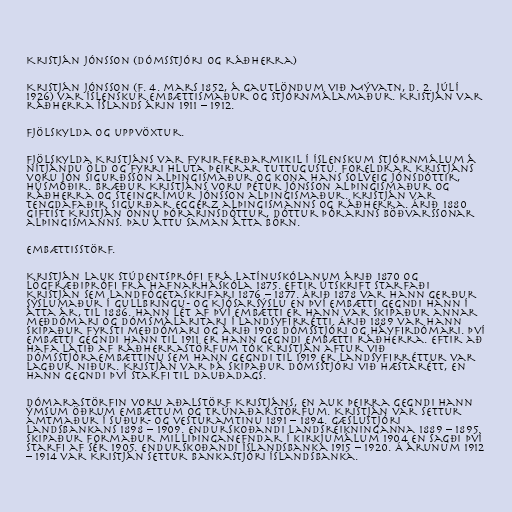
Kristján Jónsson (dómsstjóri og ráðherra)

Kristján Jónsson (f. 4. mars 1852, á Gautlöndum við Mývatn, d. 2. júlí
1926) var íslenskur embættismaður og stjórnmálamaður. Kristján var
ráðherra Íslands árin 1911 – 1912.

Fjölskylda og uppvöxtur.

Fjölskylda Kristjáns var fyrirferðarmikil í íslenskum stjórnmálum á
nítjándu öld og fyrri hluta þeirrar tuttugustu. Foreldrar Kristjáns
voru Jón Sigurðsson alþingismaður og kona hans Solveig Jónsdóttir,
húsmóðir. Bræður Kristjáns voru Pétur Jónsson alþingismaður og
ráðherra og Steingrímur Jónsson alþingismaður. Kristján var
tengdafaðir Sigurðar Eggerz alþingismanns og ráðherra. Árið 1880
giftist Kristján Önnu Þórarinsdóttur, dóttur Þórarins Böðvarssonar
alþingismanns. Þau áttu saman átta börn.

Embættisstörf.

Kristján lauk stúdentsprófi frá Latínuskólanum árið 1870 og
lögfræðiprófi frá Hafnarháskóla 1875. Eftir útskrift starfaði
Kristján sem Landfógetaskrifari 1876 – 1877. Árið 1878 var hann gerður
sýslumaður í Gullbringu- og Kjósarsýslu en því embætti gegndi hann í
átta ár, til 1886. Hann lét af því embætti er hann var skipaður annar
meðdómari og dómsmálaritari í Landsyfirrétti. Árið 1889 var hann
skipaður fyrsti meðdómari og árið 1908 dómsstjóri og háyfirdómari. Því
embætti gegndi hann til 1911 er hann gegndi embætti ráðherra. Eftir að
hafa látið af ráðherrastörfum tók Kristján aftur við
dómsstjóraembættinu sem hann gegndi til 1919 er Landsyfirréttur var
lagður niður. Kristján var þá skipaður dómsstjóri við Hæstarétt, en
hann gegndi því starfi til dauðadags.

Dómarastörfin voru aðalstörf Kristjáns, en auk þeirra gegndi hann
ýmsum öðrum embættum og trúnaðarstörfum. Kristján var settur
amtmaður í Suður- og vesturamtinu 1891 – 1894. Gæslustjóri
Landsbankans 1898 – 1909. Endurskoðandi landsreikninganna 1889 – 1895.
Skipaður formaður milliþinganefndar í kirkjumálum 1904 en sagði því
starfi af sér 1905. Endurskoðandi Íslandsbanka 1915 – 1920. Á árunum 1912
– 1914 var Kristján settur bankastjóri Íslandsbanka.